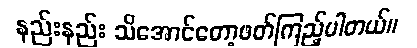
နည်းနည်း သိအောင်တော့ဖတ်ကြည့်ပါတယ်။